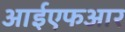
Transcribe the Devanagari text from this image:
आईएफआर